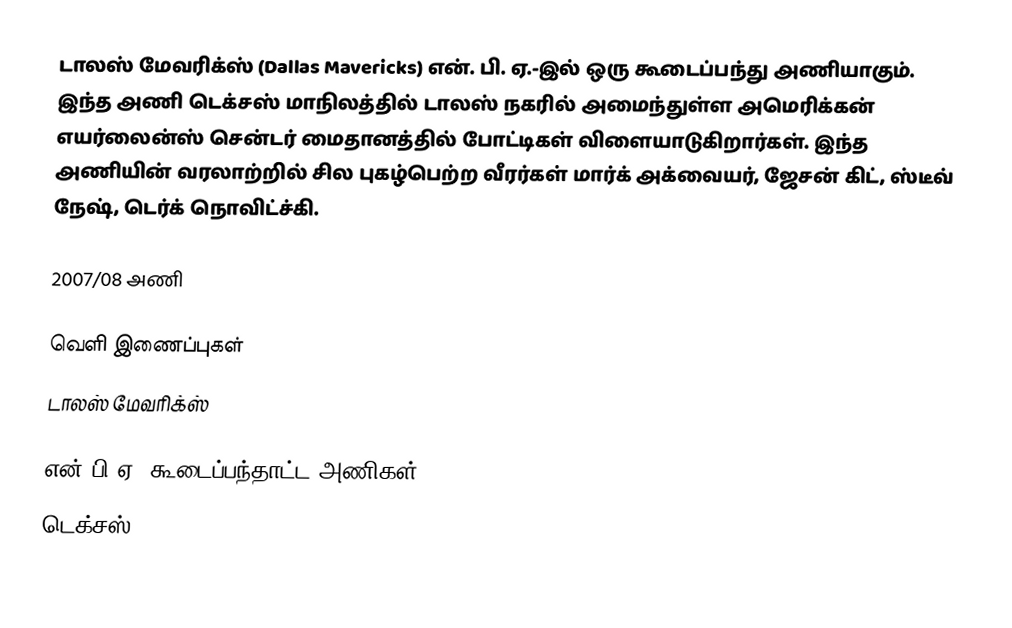
டாலஸ் மேவரிக்ஸ் (Dallas Mavericks) என். பி. ஏ.-இல் ஒரு கூடைப்பந்து அணியாகும். இந்த அணி டெக்சஸ் மாநிலத்தில் டாலஸ் நகரில் அமைந்துள்ள  அமெரிக்கன் எயர்லைன்ஸ் சென்டர் மைதானத்தில் போட்டிகள் விளையாடுகிறார்கள். இந்த அணியின் வரலாற்றில் சில புகழ்பெற்ற வீரர்கள் மார்க் அக்வையர், ஜேசன் கிட், ஸ்டீவ் நேஷ், டெர்க் நொவிட்ச்கி.

2007/08 அணி

வெளி இணைப்புகள்
 டாலஸ் மேவரிக்ஸ்

என்.பி.ஏ. கூடைப்பந்தாட்ட அணிகள்
டெக்சஸ்